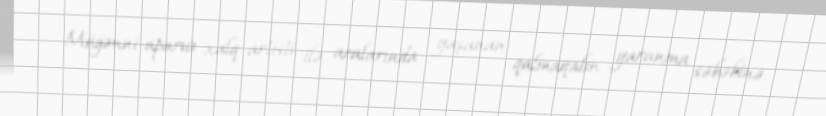
Müğənni-aparıcı xalq artisti ilə aralarında yaşanan qalmaqalın yaranma səbəbinə